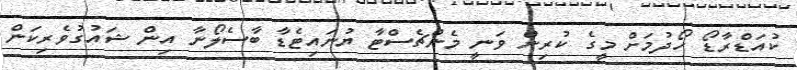
ކުއަޑްރާޑޯ ހޯދުމަށް މީގެ ކުރިން ވަނީ މެންޗެސްޓާ ޔުނައިޓެޑާ ބާސެލޯނާ އިން ޝައުގުވެރިކަން